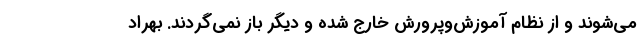
می‌شوند و از نظام آموزش‌وپرورش خارج شده و دیگر باز نمی‌گردند. بهراد